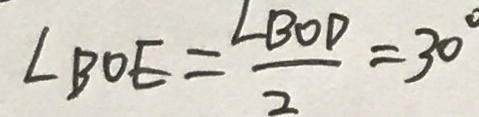
\angle B O E = \frac { \angle B O D } { 2 } = 3 0 ^ { \circ }